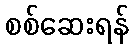
စစ်ဆေးရန်